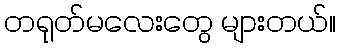
တရုတ်မလေးတွေ များတယ်။